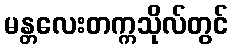
မန္တလေးတက္ကသိုလ်တွင်